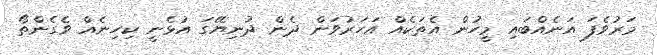
މަރުވެފަ އަނެއްބައި މީހުން އެތަކެއް އަހަރުވަން ދެން ދުނިޔޭގަ އުޅެނީ ކިހިނެއް ވެގެންތޯ